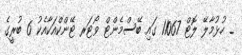
_ ހުޅުމާލޭ ލޮޓް 11067 ގައި ބޭސްމެންޓް ވޯޓަރ ޓޭންކްއަކާއެކު 6 ބުރީގެ